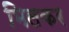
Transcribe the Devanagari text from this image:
मिलकर